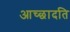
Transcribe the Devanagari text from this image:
आच्‍छादति